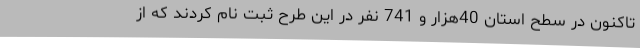
تاکنون در سطح استان 40هزار و 741 نفر در این طرح ثبت نام کردند که از